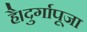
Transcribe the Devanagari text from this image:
है।दुर्गापूजा